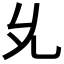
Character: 𭀗